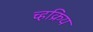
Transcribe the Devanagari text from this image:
च्हक्रिय